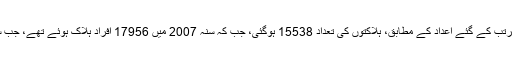
صحت، داخلہ اور دفاع کی وزارتوں کی طرف سے مرتب کے گئے اعداد کے مطابق، ہلاکتوں کی تعداد 15538 ہوگئی، جب کہ سنہ 2007 میں 17956 افراد ہلاک ہوئے تھے، جب سنی شیعہ فرقہ وارانہ لڑائی شدت اختیار کر گئی تھی۔